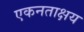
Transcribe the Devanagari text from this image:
एकनताक्षय